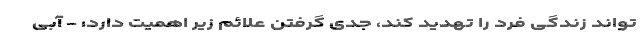
تواند زندگی فرد را تهدید کند، جدی گرفتن علائم زیر اهمیت دارد: - آبی